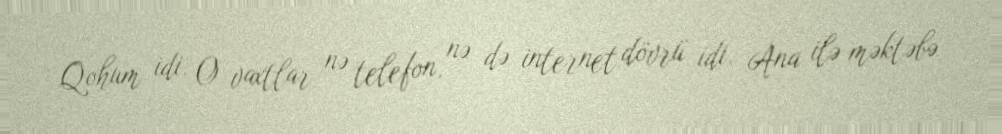
Qohum idi. O vaxtlar nə telefon, nə də internet dövrü idi. Ana ilə məktəbə